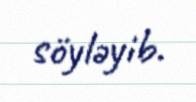
söyləyib.